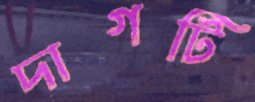
দাগটি